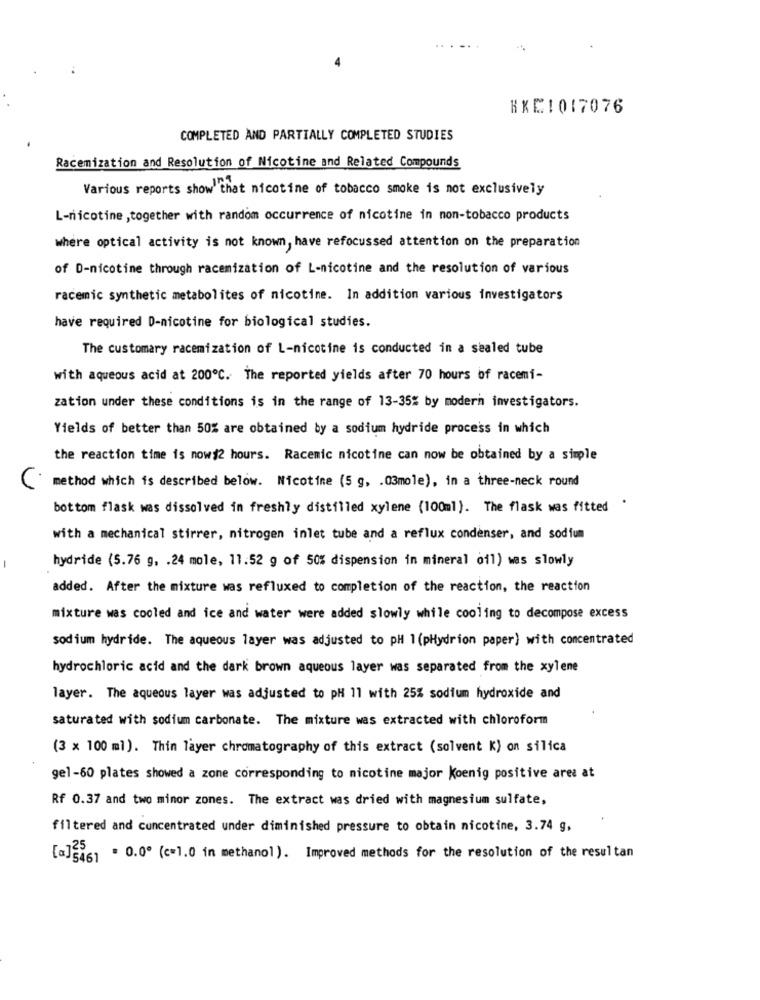
KXC1017076
COMPLETED AND PARTIALLY COMPLETED STUDIES
Racemization and Resolution of Nicotine and Related Compounds
Various reports show that nicotine of tobacco smoke is not exclusively
L-nicotine ,together with random occurrence of nicotine in non-tobacco products
where optical activity is not known, have refocussed attention on the preparation
of D-nicotine through racemization of L-nicotine and the resolution of various
racemic synthetic metabolites of nicotine. In addition various investigators
have required D-nicotine for biological studies.
The customary racemization of L-nicotine is conducted in a sealed tube
with aqueous acid at 200℃. The reported yields after 70 hours of racemi-
zation under these conditions is in the range of 13-35% by modern investigators.
Yields of better than 50% are obtained by a sodium hydride process in which
the reaction time is now#2 hours. Racemic nicotine can now be obtained by a simple
method which is described below. Nicotine (5 g, . 03mole), in a three-neck round
C
bottom flask was dissolved in freshly distilled xylene (100ml). The flask was fitted
with a mechanical stirrer, nitrogen inlet tube and a reflux condenser, and sodium
hydride (5.76 g, . 24 mole, 11.52 g of 50% dispension in mineral oil) was slowly
added. After the mixture was refluxed to completion of the reaction, the reaction
mixture was cooled and ice and water were added slowly while cooling to decompose excess
sodium hydride. The aqueous layer was adjusted to pH 1(pHydrion paper) with concentrated
hydrochloric acid and the dark brown aqueous layer was separated from the xylene
layer. The aqueous layer was adjusted to pH 11 with 25% sodium hydroxide and
saturated with sodium carbonate. The mixture was extracted with chloroform
(3 x 100 ml). Thin layer chromatography of this extract (solvent K) on silica
gel-60 plates showed a zone corresponding to nicotine major Koenig positive ares at
Rf 0.37 and two minor zones. The extract was dried with magnesium sulfate,
filtered and concentrated under diminished pressure to obtain nicotine, 3.74 g,
=]546] = 0.00 ( <= 1.0 in methanol ). Improved methods for the resolution of the resultan